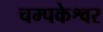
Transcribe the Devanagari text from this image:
चम्पकेश्वर